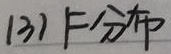
(3) F分布